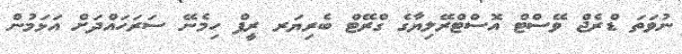
ނުވަތަ ޑްރެޖް ވޭސްޓް އޮސްޓްރޭލިޔާގެ ގްރޭޓް ބެރިޔަރ ރީފް ހިމެނޭ ސަރަހައްދަށް އަޅަމުން